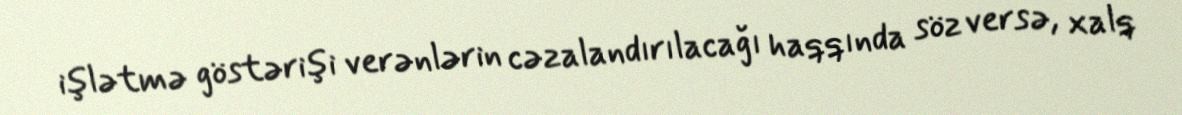
işlətmə göstərişi verənlərin cəzalandırılacağı haqqında söz versə, xalq